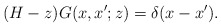
\begin{align*} ( H -z)G(x,x';z)=\delta(x-x').\end{align*}